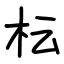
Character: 枟